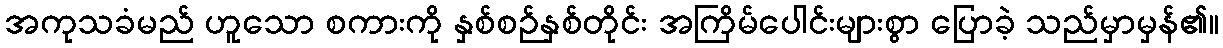
အကုသခံမည် ဟူသော စကားကို နှစ်စဉ်နှစ်တိုင်း အကြိမ်ပေါင်းများစွာ ပြောခဲ့ သည်မှာမှန်၏။